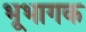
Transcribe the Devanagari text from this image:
भूभागक